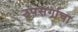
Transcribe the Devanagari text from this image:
उपसर्गाचा